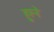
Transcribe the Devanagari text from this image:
हुस्ने